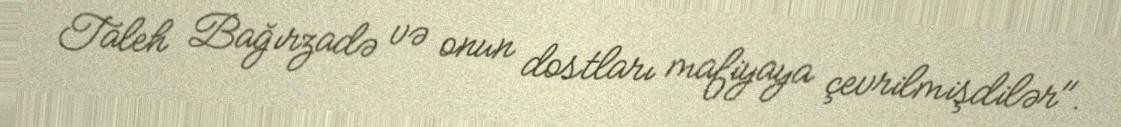
Taleh Bağırzadə və onun dostları mafiyaya çevrilmişdilər".